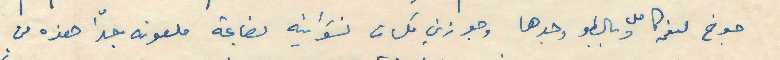
جوخ لنعمه كامل وبالطو وحدها وجوزين كلسات نسوانية بضاعة ملعونة جدّا هذه من